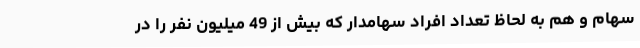
سهام و هم به لحاظ تعداد افراد سهامدار که بیش از 49 میلیون نفر را در